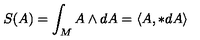
S ( A ) = \int _ { M } A \wedge d A = \langle A , * d A \rangle